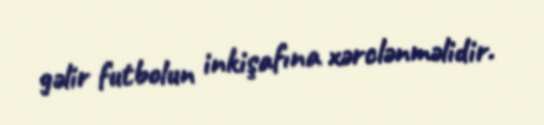
gəlir futbolun inkişafına xərclənməlidir.